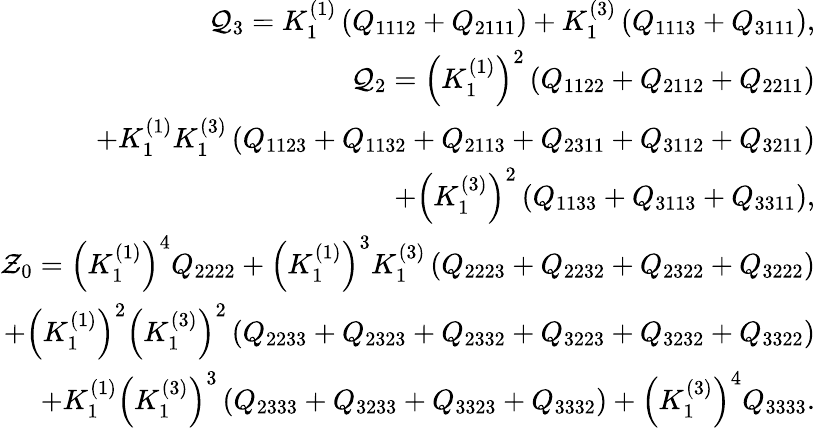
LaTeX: \begin{array}{r}{{\cal Q}_{3}=K_{1}^{(1)}\left(Q_{1112}+Q_{2111}\right)+K_{1}^{(3)}\left(Q_{1113}+Q_{3111}\right),}\\ {{\cal Q}_{2}=\left(K_{1}^{(1)}\right)^{2}\left(Q_{1122}+Q_{2112}+Q_{2211}\right)}\\ {+K_{1}^{(1)}K_{1}^{(3)}\left(Q_{1123}+Q_{1132}+Q_{2113}+Q_{2311}+Q_{3112}+Q_{3211}\right)}\\ {+\left(K_{1}^{(3)}\right)^{2}\left(Q_{1133}+Q_{3113}+Q_{3311}\right),}\\ {{\cal Z}_{0}=\left(K_{1}^{(1)}\right)^{4}Q_{2222}+\left(K_{1}^{(1)}\right)^{3}K_{1}^{(3)}\left(Q_{2223}+Q_{2232}+Q_{2322}+Q_{3222}\right)}\\ {+\left(K_{1}^{(1)}\right)^{2}\left(K_{1}^{(3)}\right)^{2}\left(Q_{2233}+Q_{2323}+Q_{2332}+Q_{3223}+Q_{3232}+Q_{3322}\right)}\\ {+K_{1}^{(1)}\left(K_{1}^{(3)}\right)^{3}\left(Q_{2333}+Q_{3233}+Q_{3323}+Q_{3332}\right)+\left(K_{1}^{(3)}\right)^{4}Q_{3333}.}\end{array}